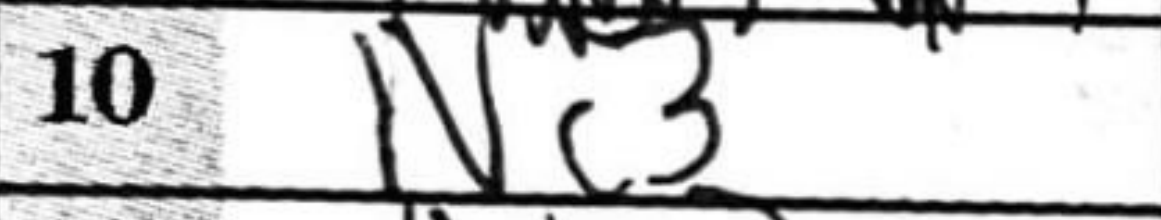
Transcription: Nc3